Vaccination in Bombay 1902-1912 - 1902-1912
Year: 1902
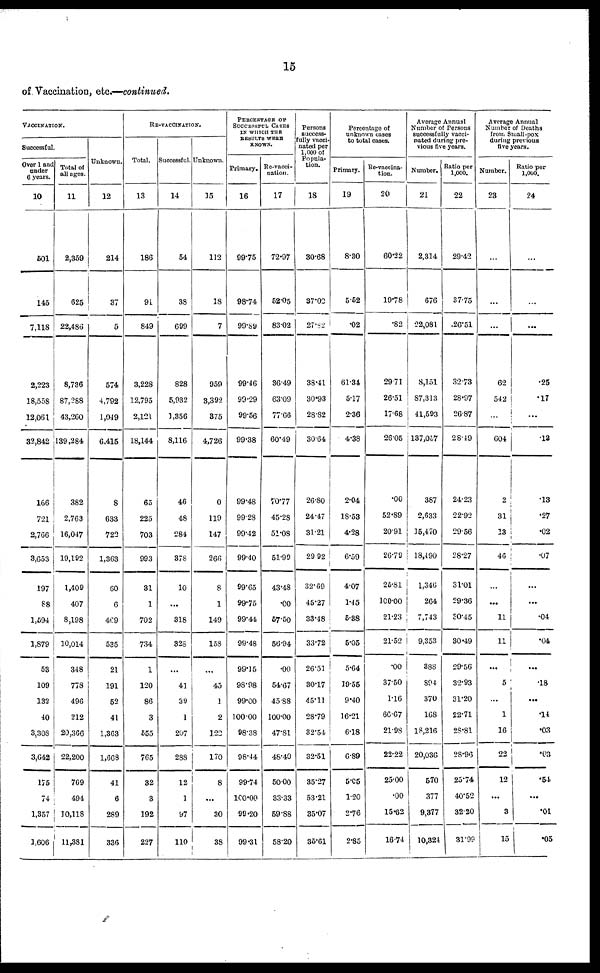
15
of Vaccination, etc.—continued.
VACCINATION.
Successful.
Over 1 and
under
6 years.
10
501
145
7,118
2,223
18,558
12,061
32,842
166
721
2,766
3,653
197
88
1,594
1,879
53
109
132
40
3,308
3,642
175
74
1,357
1,606
Total of
all ages.
11
2,359
625
22,486
8,736
87,288
43,260
139,284
382
2,763
16,047
19,192
1,409
407
8,198
10,014
348
778
496
212
20,366
22,200
769
494
10,118
11,381
Unknown.
12
214
37
5
574
4,792
1,049
6,415
8
633
722
1,363
60
6
469
535
21
191
52
41
1,363
1,663
41
6
289
336
RE-VACCINATION.
Total.
13
186
91
849
3,228
12,795
2,121
18,144
65
225
703
993
31
1
702
734
1
120
86
3
555
765
32
3
192
227
Successful.
14
54
38
699
828
5,932
1,356
8,116
46
48
284
378
10
...
318
323
...
41
39
1
207
288
12
1
97
110
Unknown.
15
112
18
7
959
3,392
375
4,726
0
119
147
266
8
1
149
158
...
45
1
2
122
170
8
...
30
38
PERCENTAGE OF
SUCCESSFUL CASES
IN WHICH THE
RESULTS WERE
KNOWN.
Primary.
16
99.75
98.74
99.89
99.46
99.29
99.56
99.38
99.48
99.28
99.42
99.40
99.65
99.75
99.44
99.48
99.15
98.98
99.00
100.00
98.38
98.44
99.74
100.00
99.20
99.31
Re-vacci-
nation.
17
72.97
52.05
83.02
36.49
63.09
77.66
60.49
70.77
45.28
51.08
51.99
43.48
.00
57.50
56.94
.00
54.67
45.88
100.00
47.81
48.40
50.00
33.33
59.88
58.20
Persons
success-
fully vacci¬
nated per
1,000 of
Popula-
tion.
18
30.68
37.02
27.82
38.41
30.93
28.82
30.64
26.80
24.47
31.21
29.92
32.69
45.27
33.48
33.72
26.51
30.17
45.11
28.79
32.54
32.51
35.27
53.21
35.07
35.61
Percentage of
unknown cases
to total cases.
Primary.
19
8.30
5.52
.02
61.34
5.17
2.36
4.38
2.04
18.53
4.28
6.59
4.07
1.45
5.38
5.05
5.64
19.55
9.40
16.21
6.18
6.89
5.05
1.20
2.76
2.85
Re-vaccina¬
tion.
20
60.22
19.78
.82
29.71
26.51
17.68
26.05
.00
52.89
20.91
26.79
25.81
100.00
21.23
21.52
.00
37.50
1.16
66.67
21.98
22.22
25.00
.00
15.62
16.74
Average Annual
Number of Persons
successfully vacci-
nated during pre-
vious five years.
Number.
21
2,314
676
22,081
8,151
87,313
41,593
137,057
387
2,633
15,470
18,490
1,346
264
7,743
9,353
388
894
370
168
18,216
20,036
570
377
9,377
10,324
Ratio per
1,000.
22
29.42
37.75
26.51
32.73
28.97
26.87
28.49
24.23
22.92
29.56
28.27
31.01
29.36
30.45
30.49
29.56
32.93
31.20
22.71
28.81
28.96
25.74
40.52
32.20
31.99
Average Annual
Number of Deaths
from Small-pox
during previous
five years.
Number.
23
...
...
...
62
542
...
604
2
31
13
46
...
...
11
11
...
5
...
1
16
22
12
...
3
15
Ratio per
1,000.
24
...
...
...
.25
.17
...
.13
.13
.27
.02
.07
...
...
.04
.04
...
.18
...
.14
.03
.03
.54
...
.01
.05